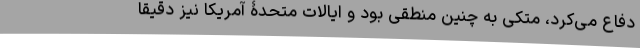
دفاع می‌کرد، متکی به چنین منطقی بود و ایالات متحدۀ آمریکا نیز دقیقا